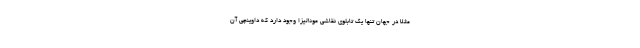
مثلا در جهان تنها یک تابلوی نقاشی مونالیزا وجود دارد که داوینچی آن